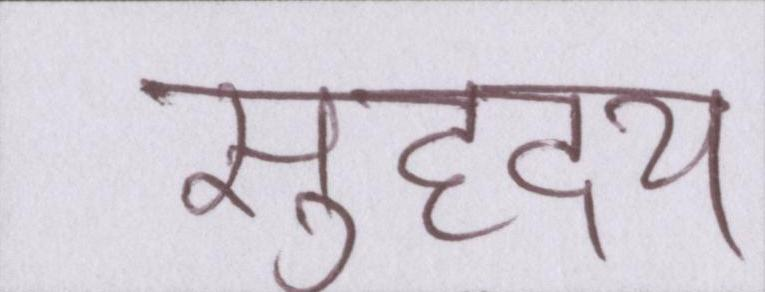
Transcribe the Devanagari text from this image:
सुहृदय